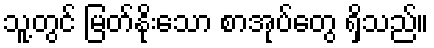
သူ့တွင် မြတ်နိုးသော စာအုပ်တွေ ရှိသည်။